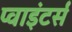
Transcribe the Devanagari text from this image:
प्वाइंटर्स